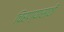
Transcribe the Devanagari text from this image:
चिरण्यासाठी